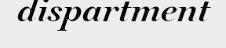
dispartment